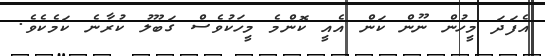
އެފަދަ މީހުން ނޫން ކަން އެއީ ކޮންމެ މީހަކުވެސް ގަބޫލު ކުރާނެ ކަމެކެވެ.